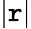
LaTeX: |\mathtt{r}|